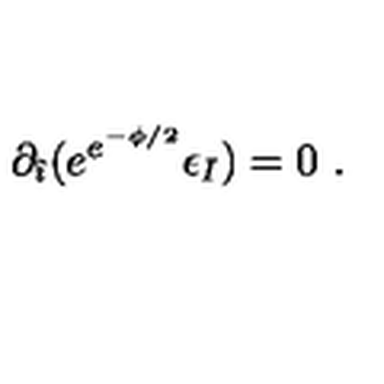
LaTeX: \partial _ { \hat { \imath } } ( e ^ { e ^ { - \phi / 2 } } \epsilon _ { I } ) = 0 \ .